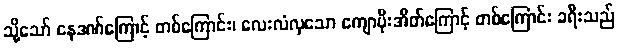
သို့သော် နေဒဏ်ကြောင့် တစ်ကြောင်း၊ လေးလံလှသော ကျောပိုးအိတ်ကြောင့် တစ်ကြောင်း ခရီးသည်